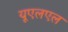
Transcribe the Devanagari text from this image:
यूएलएल